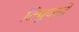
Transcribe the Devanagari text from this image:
टिपूकडे